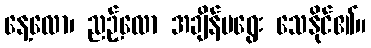
နေ့လော၊ ညဉ့်လော အချိန်မရွေး သေနိုင်၏။